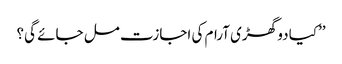
’’کیا دو گھڑی آرام کی اجازت مل جائے گی؟